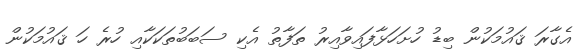
އެގާރަ ޤައުމަކުން ބިޑު ހުށަހަޅާފައިވާއިރު ތަފާތު އެކި ސަބަބުތަކަކާއި ހުރެ ހަ ޤައުމަކުން